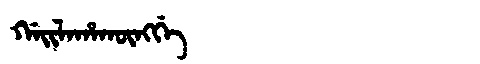
Manchu: ᡤᠠᡳᠯᠠᡥᠠᡴᡡᠩᡤᡝ
Romanization: GAILAHAKŪNGGE